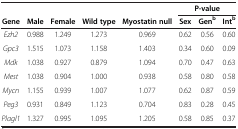
|  |  |  |  |  | <COLSPAN=3> P-value |
 | Gene | Male | Female | Wild type | Myostatin null | Sex | Genb | Intb |
 | --- | --- | --- | --- | --- | --- | --- | --- |
 | Ezh2 | 0.988 | 1.249 | 1.273 | 0.969 | 0.62 | 0.56 | 0.60 |
 | Gpc3 | 1.515 | 1.073 | 1.158 | 1.403 | 0.34 | 0.60 | 0.09 |
 | Mdk | 1.038 | 0.927 | 0.879 | 1.094 | 0.70 | 0.47 | 0.63 |
 | Mest | 1.038 | 0.904 | 1.000 | 0.938 | 0.58 | 0.80 | 0.58 |
 | Mycn | 1.155 | 0.939 | 1.007 | 1.077 | 0.62 | 0.87 | 0.59 |
 | Peg3 | 0.931 | 0.849 | 1.123 | 0.704 | 0.83 | 0.28 | 0.45 |
 | Plagl1 | 1.327 | 0.995 | 1.095 | 1.205 | 0.58 | 0.85 | 0.37 |